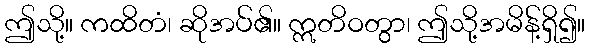
ဤသို့။ ကထိတံ၊ ဆိုအပ်၏။ ဣတိဝတွာ၊ ဤသို့အမိန့်ရှိ၍။